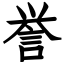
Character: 誉